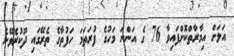
އަލަށް އިމާރާތްކޮށްފައިވާ 76 ގެ އަންނަ މަހުގެ ފުރަތަމަ ހަފުތާގެ ތެރޭގައި ދޫކުރެވޭނެ